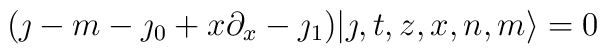
(\jmath-m-\jmath_0+x\partial_x-\jmath_1)|\jmath,t,z,x,n,m\rangle =0